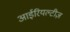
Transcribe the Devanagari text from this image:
आईरियल्टीज़